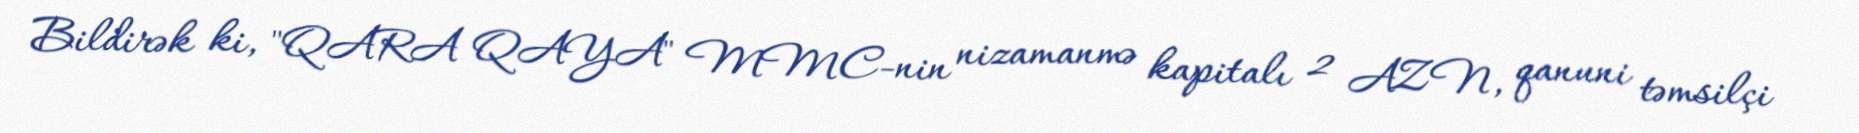
Bildirək ki, "QARA QAYA" MMC-nin nizamanmə kapitalı 2 AZN, qanuni təmsilçi